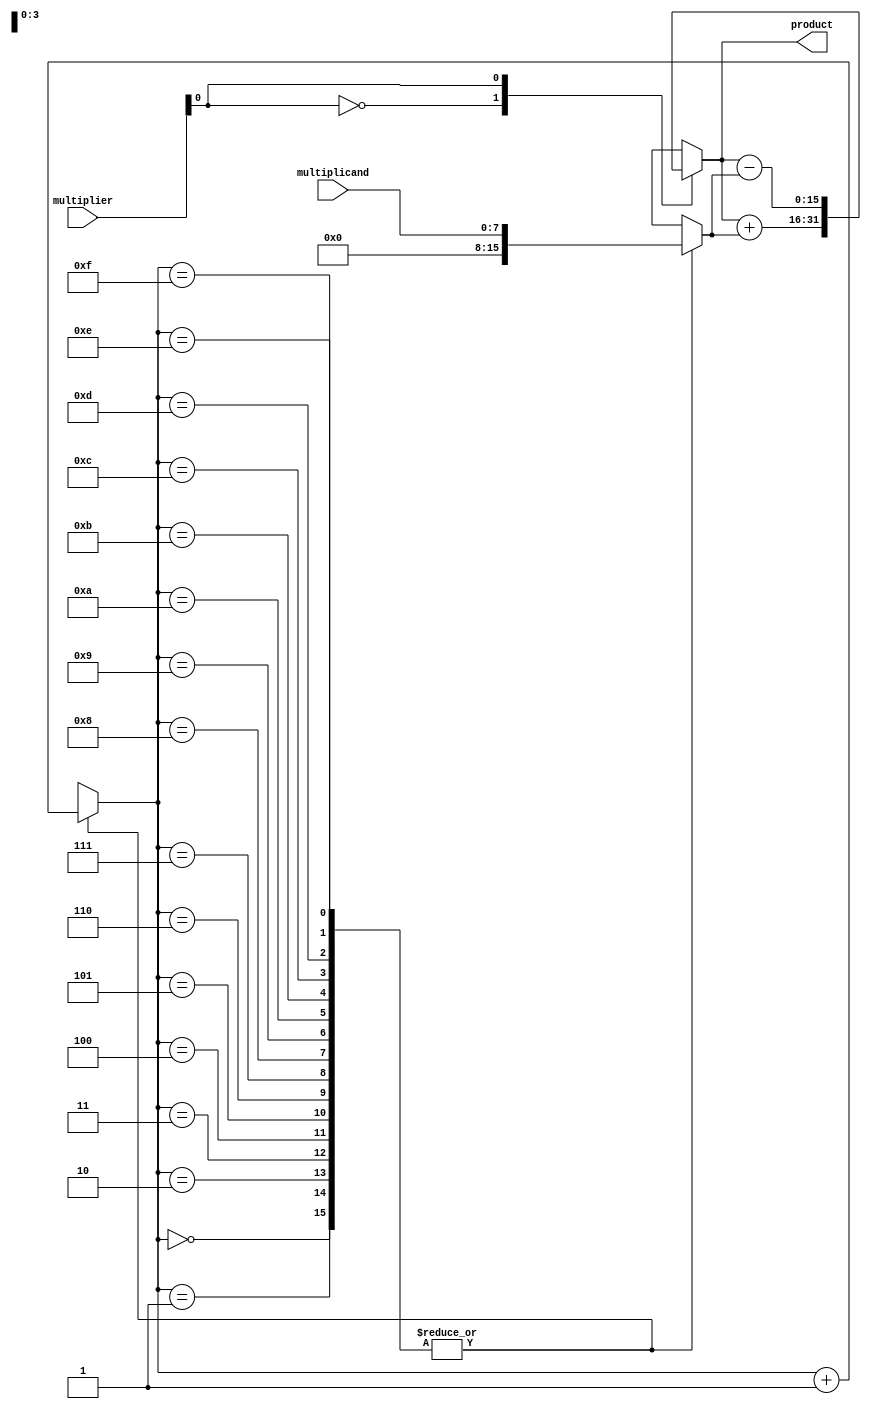
module booth_multiplier(
    input [7:0] multiplicand,
    input [7:0] multiplier,
    output reg [15:0] product
);

reg [15:0] partial_product;
reg [3:0] counter;

always @* begin
    case(counter)
        4'b0000: begin
            partial_product = multiplicand;
            counter = counter + 1;
        end
        4'b0001: begin
            partial_product = {8'b0, multiplicand};
            counter = counter + 1;
        end
        4'b0010: begin
            partial_product = {8'b0, multiplicand};
            counter = counter + 1;
        end
        4'b0011: begin
            partial_product = {8'b0, multiplicand};
            counter = counter + 1;
        end
        4'b0100: begin
            partial_product = {8'b0, multiplicand};
            counter = counter + 1;
        end
        4'b0101: begin
            partial_product = multiplicand;
            counter = counter + 1;
        end
        4'b0110: begin
            partial_product = multiplicand;
            counter = counter + 1;
        end
        4'b0111: begin
            partial_product = multiplicand;
            counter = counter + 1;
        end
        4'b1000: begin
            partial_product = multiplicand;
            counter = counter + 1;
        end
        4'b1001: begin
            partial_product = multiplicand;
            counter = counter + 1;
        end
        4'b1010: begin
            partial_product = multiplicand;
            counter = counter + 1;
        end
        4'b1011: begin
            partial_product = multiplicand;
            counter = counter + 1;
        end
        4'b1100: begin
            partial_product = multiplicand;
            counter = counter + 1;
        end
        4'b1101: begin
            partial_product = {8'b0, multiplicand};
            counter = counter + 1;
        end
        4'b1110: begin
            partial_product = {8'b0, multiplicand};
            counter = counter + 1;
        end
        4'b1111: begin
            partial_product = {8'b0, multiplicand};
            counter = counter + 1;
        end
    endcase
end

always @* begin
    case(multiplier[0])
        1'b0: product = product + partial_product;
        1'b1: product = product - partial_product;
    endcase
end

endmodule